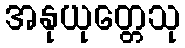
အနုယုတ္တေသု